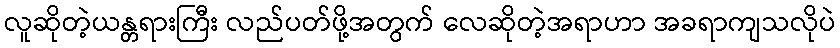
လူဆိုတဲ့ယန္တရားကြီး လည်ပတ်ဖို့အတွက် လေဆိုတဲ့အရာဟာ အခရာကျသလိုပဲ